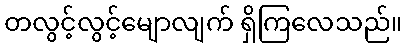
တလွင့်လွင့်မျောလျက် ရှိကြလေသည်။